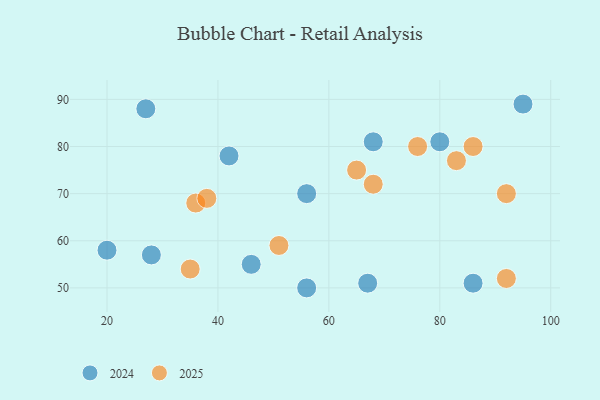
{"axis": {"x": "GDP", "y": "Life Expectancy"}, "legend": ["2024", "2025"], "data": [{"x": "56", "y": 70, "type": "2024"}, {"x": "80", "y": 81, "type": "2024"}, {"x": "56", "y": 50, "type": "2024"}, {"x": "28", "y": 57, "type": "2024"}, {"x": "86", "y": 51, "type": "2024"}, {"x": "67", "y": 51, "type": "2024"}, {"x": "95", "y": 89, "type": "2024"}, {"x": "68", "y": 81, "type": "2024"}, {"x": "27", "y": 88, "type": "2024"}, {"x": "46", "y": 55, "type": "2024"}, {"x": "20", "y": 58, "type": "2024"}, {"x": "42", "y": 78, "type": "2024"}, {"x": "86", "y": 80, "type": "2025"}, {"x": "35", "y": 54, "type": "2025"}, {"x": "65", "y": 75, "type": "2025"}, {"x": "51", "y": 59, "type": "2025"}, {"x": "68", "y": 72, "type": "2025"}, {"x": "83", "y": 77, "type": "2025"}, {"x": "92", "y": 70, "type": "2025"}, {"x": "36", "y": 68, "type": "2025"}, {"x": "92", "y": 52, "type": "2025"}, {"x": "38", "y": 69, "type": "2025"}, {"x": "76", "y": 80, "type": "2025"}]}